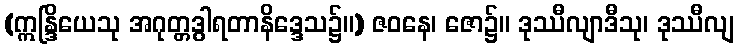
(ဣန္ဒြိယေသု အဂုတ္တဒွါရတာနိဒ္ဒေသ၌။) ဇဝနေ၊ ဇော၌။ ဒုဿီလျာဒီသု၊ ဒုဿီလျ